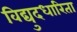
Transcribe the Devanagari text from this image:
विद्युदधारिता